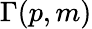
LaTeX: \Gamma(p,m)